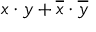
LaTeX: x \cdot y + { \overline { { x } } } \cdot { \overline { { y } } }